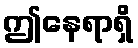
ဤနေရာရှိ